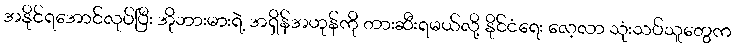
အနိုင်ရအောင်လုပ်ပြီး အိုဘားမားရဲ့ အရှိန်အဟုန်ကို တားဆီးရမယ်လို့ နိုင်ငံရေး လေ့လာ သုံးသပ်သူတွေက